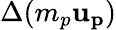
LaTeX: \Delta(m_{p}{\mathbf{u_{p}}})